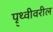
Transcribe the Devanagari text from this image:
पृ्थ्वीवरील